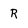
Character: R